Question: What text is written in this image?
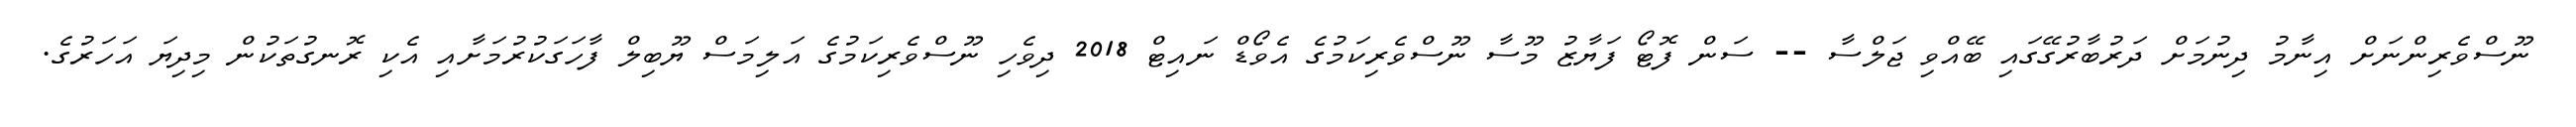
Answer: ނޫސްވެރިންނަށް އިނާމު ދިނުމަށް ދަރުބާރުގޭގައި ބޭއްވި ޖަލްސާ -- ސަން ފޮޓޯ ފަޔާޒު މޫސާ ނޫސްވެރިކަމުގެ އެވޯޑް ނައިޓް 2018 ދިވެހި ނޫސްވެރިކަމުގެ އަލިމަސް ޔޫބިލް ފާހަގަކުރުމަށާއި އެކި ރޮނގުތަކުން މިދިޔަ އަހަރުގެ.